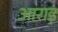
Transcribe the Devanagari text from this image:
आराड़